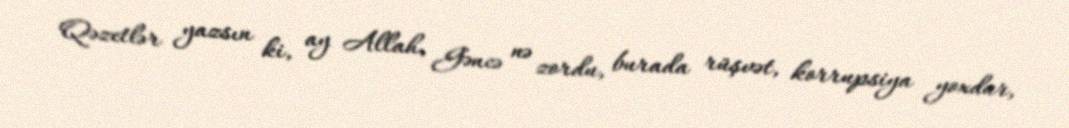
Qəzetlər yazsın ki, ay Allah, Gəncə nə zordu, burada rüşvət, korrupsiya yoxdur,